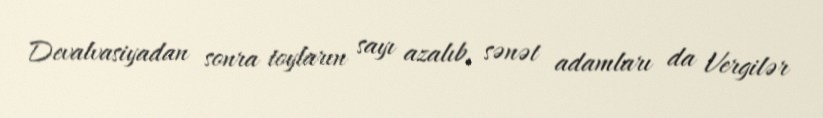
Devalvasiyadan sonra toyların sayı azalıb, sənət adamları da Vergilər